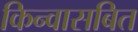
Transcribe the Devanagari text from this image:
किन्वासबित